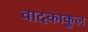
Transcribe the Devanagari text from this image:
वादकाकुल